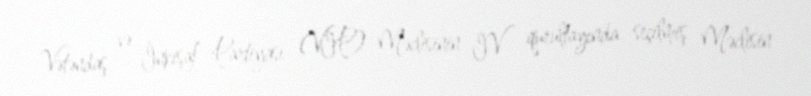
Vətəndaş və İnkişaf Partiyası (VİP) Məclisinin IV qurultayında seçilmiş Məclisin